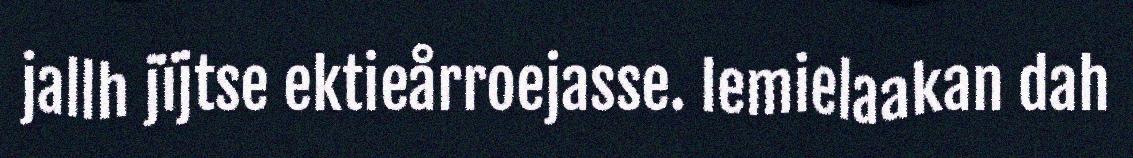
jallh jïjtse ektieårroejasse. Iemielaakan dah